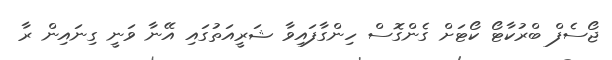
ޖޯސެފް ބްރުކާޓޯ ކޯޓަށް ގެންގޮސް ހިންގާފައިވާ ޝަރީއަތުގައި އޭނާ ވަނީ ގިނައިން ރާ